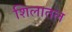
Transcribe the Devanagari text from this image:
शिलातल